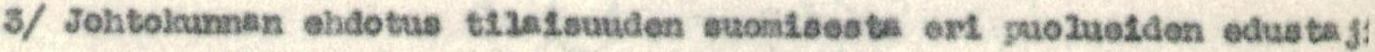
3/ Johtokunnan ehdotus tilaisuuden suomisesta eri puolueiden edustaji